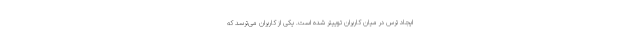
ایجاد ترس در میان کاربران توییتر شده است. یکی از کاربران می‌ترسد که